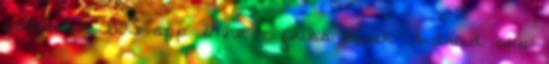
feltételek IOS app 24.hu - friss hírek Android app